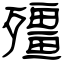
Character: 殭